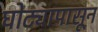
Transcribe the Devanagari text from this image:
घोट्यापासून